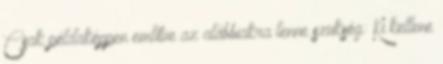
Csak példaképpen említve az alábbiakra lenne szükség: Ki kellene